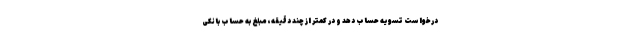
درخواست تسویه حساب دهد و در کمتر از چند دقیقه، مبلغ به حساب بانکی